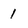
Character: 1